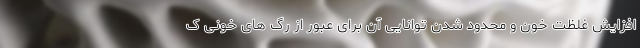
افزایش غلظت خون و محدود شدن توانایی آن برای عبور از رگ های خونی ک